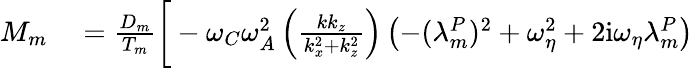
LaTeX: \begin{array}{rl}{M_{m}}&{{}=\frac{D_{m}}{T_{m}}\bigg[-\omega_{C}\omega_{A}^{2}\left(\frac{kk_{z}}{k_{x}^{2}+k_{z}^{2}}\right)\left(-(\lambda_{m}^{P})^{2}+\omega_{\eta}^{2}+2\mathrm{i}\omega_{\eta}\lambda_{m}^{P}\right)}\end{array}